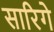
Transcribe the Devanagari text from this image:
सारिगे